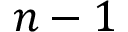
n - 1